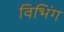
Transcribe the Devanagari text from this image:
विभिंग